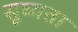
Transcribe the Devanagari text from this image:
सूच्यता